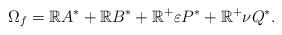
LaTeX: \begin{align*}\Omega_f= \mathbb RA^*+\mathbb RB^*+ \mathbb R^+\varepsilon P^*+\mathbb R^+\nu Q^*.\end{align*}